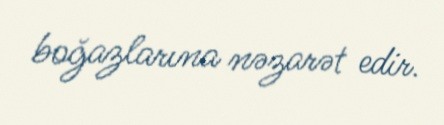
boğazlarına nəzarət edir.